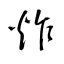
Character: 炸